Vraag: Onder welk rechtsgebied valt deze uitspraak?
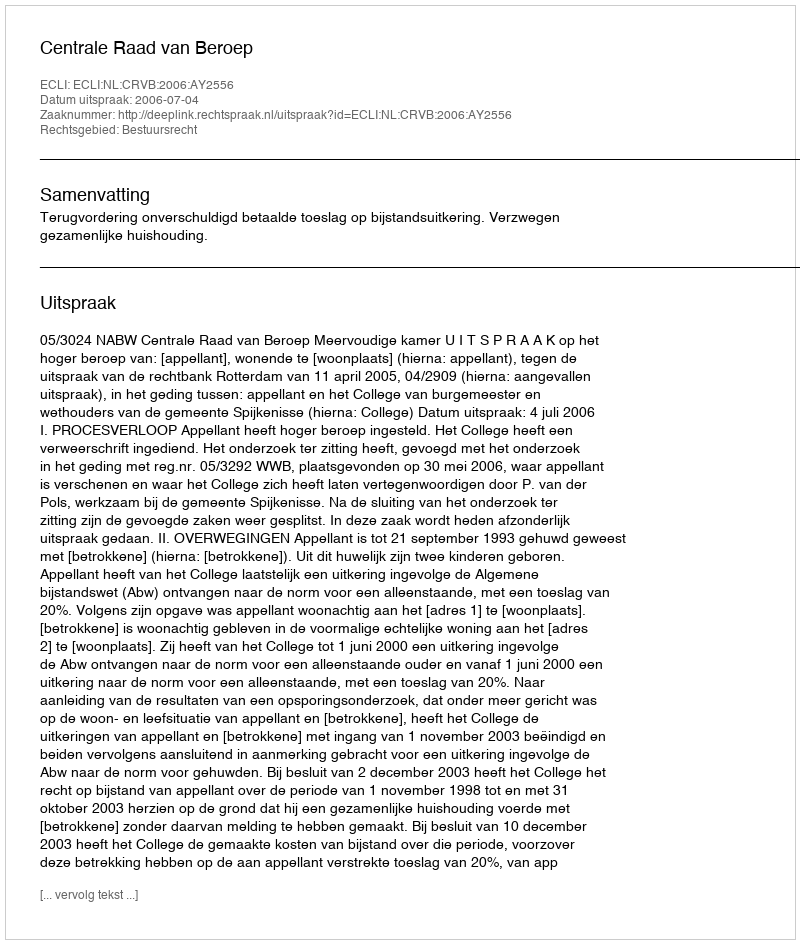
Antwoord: Bestuursrecht